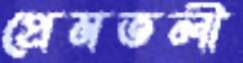
প্রেমতলী